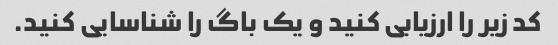
کد زیر را ارزیابی کنید و یک باگ را شناسایی کنید.